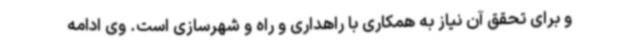
و برای تحقق آن نیاز به همکاری با راهداری و راه و شهرسازی است. وی ادامه